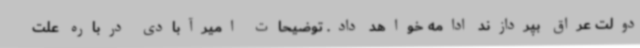
دولت عراق بپردازند ادامه خواهد داد. توضیحات امیرآبادی درباره علت